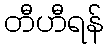
တီဟီရန်